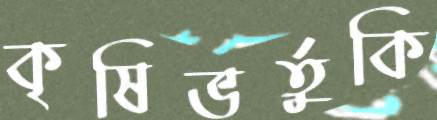
কৃষিভর্তুকি